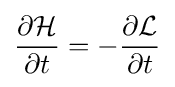
{\frac {\partial {\mathcal {H}}}{\partial t}}=-{\frac {\partial {\mathcal {L}}}{\partial t}}